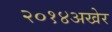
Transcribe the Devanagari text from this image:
२०१४अखेर